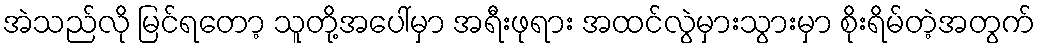
အဲသည်လို မြင်ရတော့ သူတို့အပေါ်မှာ အရီးဖုရား အထင်လွဲမှားသွားမှာ စိုးရိမ်တဲ့အတွက်